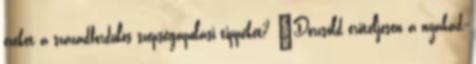
ezeket a századfordulós szépségápolási tippeket? "Dörzsöld erőteljesen a nyakad,